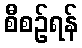
စီစဉ်ရန်